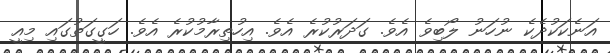
އަނެކަކުދެކެ ނުހަނު ލޯބިވެ އެވެ. ގަދަރުކުރެ އެވެ. އިހުތިރާމުކުރެ އެވެ. ހަގީގަތުގައި މިއީ